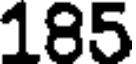
185